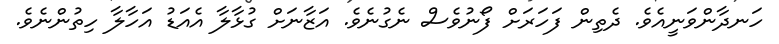
ހަނދާންވަނީއެވެ. ދެތިން ފަހަރަށް ފޯނުވެސް ނެގުނެވެ. އަޒާނަށް ގުޅާލާ އެއަޑު އަހާލާ ހިތުންނެވެ.